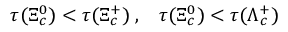
\tau ( \Xi _ { c } ^ { 0 } ) < \tau ( \Xi _ { c } ^ { + } ) \; , \; \; \; \tau ( \Xi _ { c } ^ { 0 } ) < \tau ( \Lambda _ { c } ^ { + } )